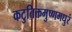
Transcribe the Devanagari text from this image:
कटुतिक्तमुष्णमधुरं